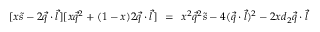
[ x \tilde { s } - 2 \vec { q } \cdot \vec { l } ] [ x \vec { q } ^ { 2 } + ( 1 - x ) 2 \vec { q } \cdot \vec { l } ] \; \, = \; \, x ^ { 2 } \vec { q } ^ { 2 } \tilde { s } - 4 ( \vec { q } \cdot \vec { l } ) ^ { 2 } - 2 x d _ { 2 } \vec { q } \cdot \vec { l }